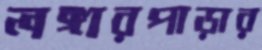
লঙ্গারপাড়ার